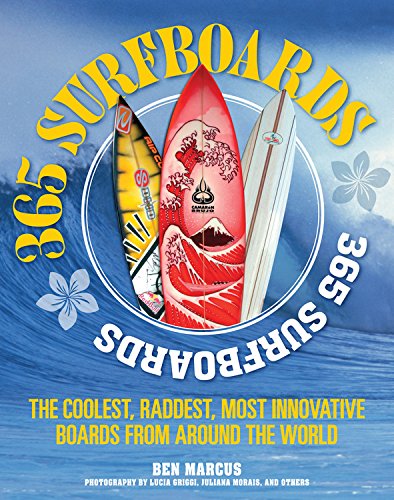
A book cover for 365 Surfboards: The Coolest, Raddest, Most Innovative Boards from Around the World; Ben Marcus; Sports & Outdoors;